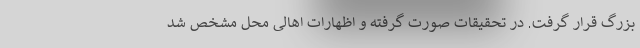
بزرگ قرار گرفت. در تحقیقات صورت گرفته و اظهارات اهالی محل مشخص شد